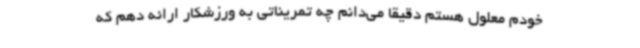
خودم معلول هستم دقیقا می‌دانم چه تمریناتی به ورزشکار ارائه دهم که